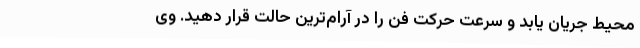
محیط جریان یابد و سرعت حرکت فن را در آرام‌ترین حالت قرار دهید. وی